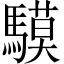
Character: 䮬